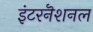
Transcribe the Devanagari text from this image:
इंटरनॆशनल